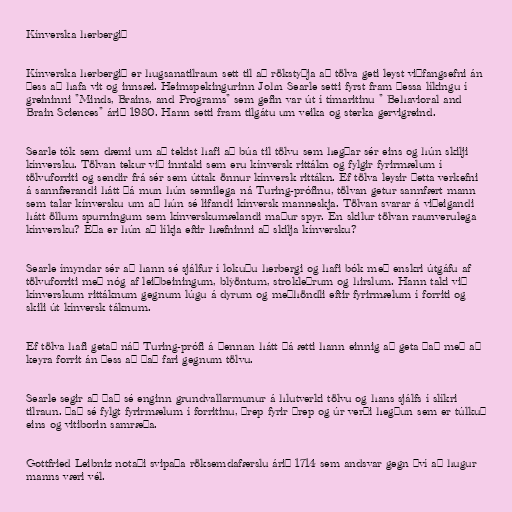
Kínverska herbergið

Kínverska herbergið er hugsanatilraun sett til að rökstyðja að tölva geti leyst viðfangsefni án
þess að hafa vit og innsæi. Heimspekingurinn John Searle setti fyrst fram þessa líkingu í
greininni "Minds, Brains, and Programs" sem gefin var út í tímaritinu " Behavioral and
Brain Sciences" árið 1980. Hann setti fram tilgátu um veika og sterka gervigreind.

Searle tók sem dæmi um að tekist hafi að búa til tölvu sem hegðar sér eins og hún skilji
kínversku. Tölvan tekur við inntaki sem eru kínversk rittákn og fylgir fyrirmælum í
tölvuforriti og sendir frá sér sem úttak önnur kínversk rittákn. Ef tölva leysir þetta verkefni
á sannfærandi hátt þá mun hún sennilega ná Turing-prófinu, tölvan getur sannfært mann
sem talar kínversku um að hún sé lifandi kínversk manneskja. Tölvan svarar á viðeigandi
hátt öllum spurningum sem kínverskumælandi maður spyr. En skilur tölvan raunverulega
kínversku? Eða er hún að líkja eftir hæfninni að skilja kínversku?

Searle ímyndar sér að hann sé sjálfur í lokuðu herbergi og hafi bók með enskri útgáfu af
tölvuforriti með nóg af leiðbeiningum, blýöntum, strokleðrum og hirslum. Hann taki við
kínverskum rittáknum gegnum lúgu á dyrum og meðhöndli eftir fyrirmælum í forriti og
skili út kínversk táknum.

Ef tölva hafi getað náð Turing-prófi á þennan hátt þá ætti hann einnig að geta það með að
keyra forrit án þess að það fari gegnum tölvu.

Searle segir að það sé enginn grundvallarmunur á hlutverki tölvu og hans sjálfs í slíkri
tilraun. Það sé fylgt fyrirmælum í forritinu, þrep fyrir þrep og úr verði hegðun sem er túlkuð
eins og vitiborin samræða.

Gottfried Leibniz notaði svipaða röksemdafærslu árið 1714 sem andsvar gegn því að hugur
manns væri vél.